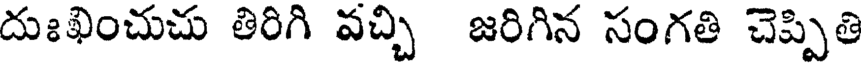
దుఃఖించుచు తిరిగి వచ్చి జరిగిన సంగతి చెప్పితి